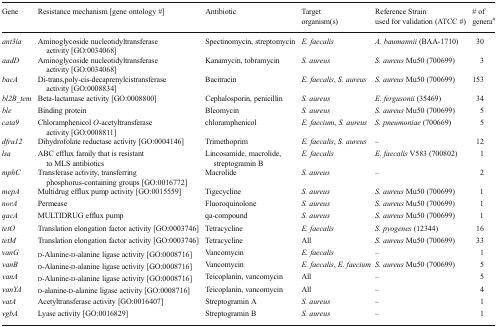
<table><thead><tr><td><b>Gene</b></td><td><b>Resistance mechanism [gene ontology #]</b></td><td><b>Antibiotic</b></td><td><b>Target organism(s)</b></td><td><b>Reference Strain used for validation (ATCC #)</b></td><td><b># of genera<sup>a</sup></b></td></tr></thead><tbody><tr><td><i>ant3ia</i></td><td>Aminoglycoside nucleotidyltransferase activity [GO:0034068]</td><td>Spectinomycin, streptomycin</td><td><i>E. faecalis</i></td><td><i>A. baumannii</i> (BAA-1710)</td><td>30</td></tr><tr><td><i>aadD</i></td><td>Aminoglycoside nucleotidyltransferase activity [GO:0034068]</td><td>Kanamycin, tobramycin</td><td><i>S. aureus</i></td><td><i>S. aureus</i> Mu50 (700699)</td><td>3</td></tr><tr><td><i>bacA</i></td><td>Di-trans,poly-cis-decaprenylcistransferase activity [GO:0008834]</td><td>Bacitracin</td><td><i>E. faecalis</i>, <i>S. aureus</i></td><td><i>S. aureus</i> Mu50 (700699)</td><td>153</td></tr><tr><td><i>bl2B</i>_<i>tem</i></td><td>Beta-lactamase activity [GO:0008800]</td><td>Cephalosporin, penicillin</td><td><i>S. aureus</i></td><td><i>E. fergusonii</i> (35469)</td><td>34</td></tr><tr><td><i>ble</i></td><td>Binding protein</td><td>Bleomycin</td><td><i>S. aureus</i></td><td><i>S. aureus</i> Mu50 (700699)</td><td>5</td></tr><tr><td><i>cata9</i></td><td>Chloramphenicol <i>O</i>-acetyltransferase activity [GO:0008811]</td><td>chloramphenicol</td><td><i>E. faecium</i>, <i>S. aureus</i></td><td><i>S. pneumoniae</i> (700669)</td><td>5</td></tr><tr><td><i>dfra12</i></td><td>Dihydrofolate reductase activity [GO:0004146]</td><td>Trimethoprim</td><td><i>E. faecalis</i>, <i>S. aureus</i></td><td>–</td><td>12</td></tr><tr><td><i>lsa</i></td><td>ABC efflux family that is resistant to MLS antibiotics</td><td>Lincosamide, macrolide, streptogramin B</td><td><i>E. faecalis</i></td><td><i>E. faecalis</i> V583 (700802)</td><td>1</td></tr><tr><td><i>mphC</i></td><td>Transferase activity, transferring phosphorus-containing groups [GO:0016772]</td><td>Macrolide</td><td><i>S. aureus</i></td><td>–</td><td>2</td></tr><tr><td><i>mepA</i></td><td>Multidrug efflux pump activity [GO:0015559]</td><td>Tigecycline</td><td><i>S. aureus</i></td><td><i>S. aureus</i> Mu50 (700699)</td><td>1</td></tr><tr><td><i>norA</i></td><td>Permease</td><td>Fluoroquinolone</td><td><i>S. aureus</i></td><td><i>S. aureus</i> Mu50 (700699)</td><td>1</td></tr><tr><td><i>qacA</i></td><td>MULTIDRUG efflux pump</td><td>qa-compound</td><td><i>S. aureus</i></td><td><i>S. aureus</i> Mu50 (700699)</td><td>1</td></tr><tr><td><i>tetO</i></td><td>Translation elongation factor activity [GO:0003746]</td><td>Tetracycline</td><td><i>E. faecalis</i></td><td><i>S. pyogenes</i> (12344)</td><td>16</td></tr><tr><td><i>tetM</i></td><td>Translation elongation factor activity [GO:0003746]</td><td>Tetracycline</td><td>All</td><td><i>S. aureus</i> Mu50 (700699)</td><td>33</td></tr><tr><td><i>vanG</i></td><td>d-Alanine-d-alanine ligase activity [GO:0008716]</td><td>Vancomycin</td><td><i>E. faecalis</i></td><td>–</td><td>1</td></tr><tr><td><i>vanB</i></td><td>d-Alanine-d-alanine ligase activity [GO:0008716]</td><td>Vancomycin</td><td><i>E. faecalis</i>, <i>E. faecium</i></td><td><i>S. aureus</i> Mu50 (700699)</td><td>5</td></tr><tr><td><i>vanA</i></td><td>d-Alanine-d-alanine ligase activity [GO:0008716]</td><td>Teicoplanin, vancomycin</td><td>All</td><td>–</td><td>5</td></tr><tr><td><i>vanYA</i></td><td>d-alanine-d-alanine ligase activity [GO:0008716]</td><td>Teicoplanin, vancomycin</td><td>All</td><td>–</td><td>4</td></tr><tr><td><i>vatA</i></td><td>Acetyltransferase activity [GO:0016407]</td><td>Streptogramin A</td><td><i>S. aureus</i></td><td>–</td><td>1</td></tr><tr><td><i>vgbA</i></td><td>Lyase activity [GO:0016829]</td><td>Streptogramin B</td><td><i>S. aureus</i></td><td>–</td><td>1</td></tr></tbody></table>